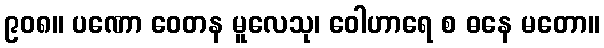
၉၀၈။ ပဏော ဝေတန မူလေသု၊ ဝေါဟာရေ စ ဓနေ မတော။